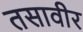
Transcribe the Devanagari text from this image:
तसावीर